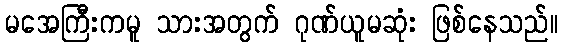
မအေကြီးကမူ သားအတွက် ဂုဏ်ယူမဆုံး ဖြစ်နေသည်။